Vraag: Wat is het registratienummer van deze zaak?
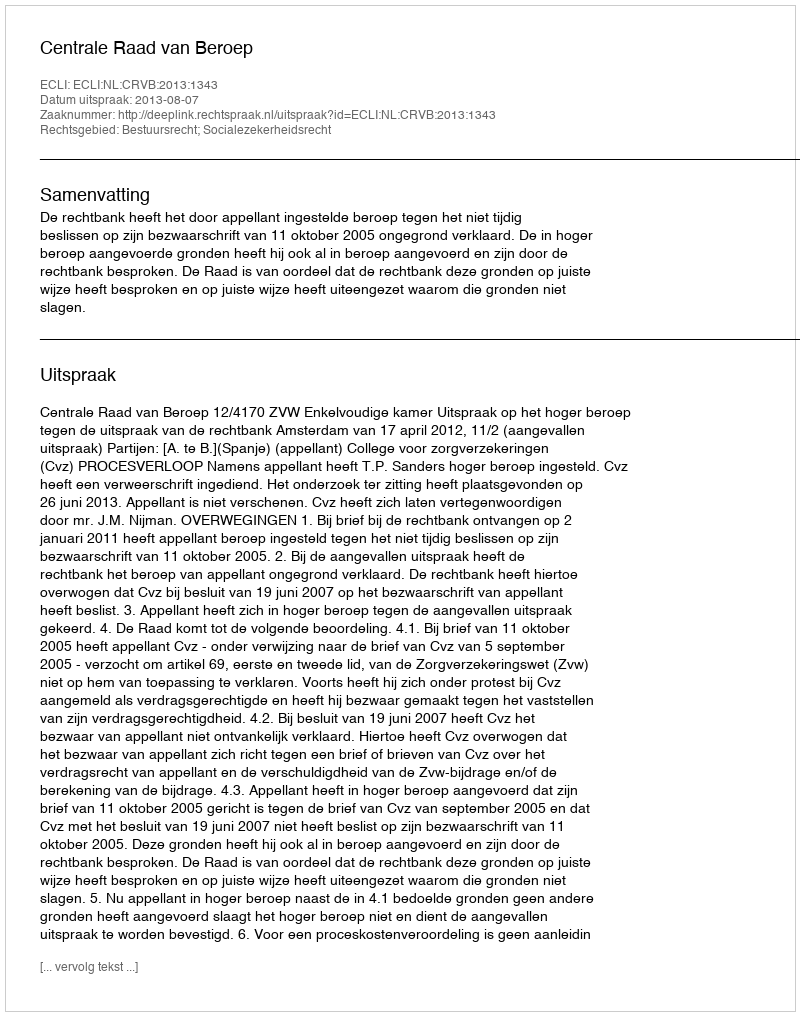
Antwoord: http://deeplink.rechtspraak.nl/uitspraak?id=ECLI:NL:CRVB:2013:1343